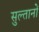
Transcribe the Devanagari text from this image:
सुल्‍तानों